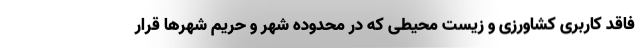
فاقد کاربری کشاورزی و زیست محیطی که در محدوده شهر و حریم شهرها قرار